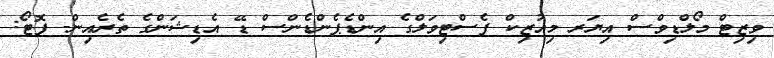
ވިޒިޓް މޯލްޑިވްސް އިޔަރ މިއުޒިކް ފެސްޓިވަލްގެ އިންޑެޕެންޑެންސް ޑޭ އެޑިޝަންގެ ތެރެއިން- ފޮޓޯ: